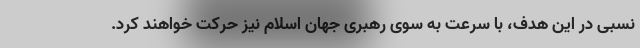
نسبی در این هدف، با سرعت به سوی رهبری جهان اسلام نیز حرکت خواهند کرد.